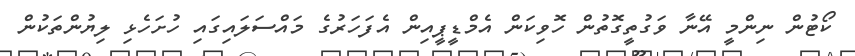
ކޯޓުން ނިންމީ އޭނާ ވަގުތީގޮތުން ހޮވިކަން އެމްޑީޕީއިން އެފަހަރުގެ މައްސަލައިގައި ހުށަހެޅި ލިޔުންތަކުން